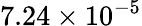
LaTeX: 7.24\times 10^{-5}